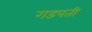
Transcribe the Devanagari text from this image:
गडपती